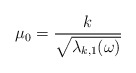
\begin{align*}\mu_0 = \frac{k}{\sqrt{\lambda_{k,1}(\omega)}}\end{align*}